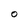
Character: O